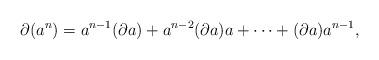
LaTeX: \begin{gather*}{\partial}(a^n)=a^{n-1}({\partial} a)+a^{n-2}({\partial} a)a+\dots+({\partial} a)a^{n-1},\end{gather*}